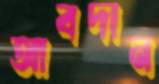
আবদান